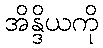
အိန္ဒိယကို